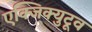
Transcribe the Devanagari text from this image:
एक्जिक्युटूव